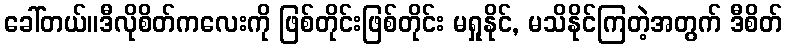
ခေါ်တယ်။ဒီလိုစိတ်ကလေးကို ဖြစ်တိုင်းဖြစ်တိုင်း မရှုနိုင်, မသိနိုင်ကြတဲ့အတွက် ဒီစိတ်